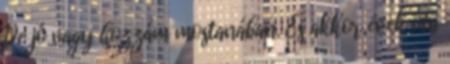
De jó vagy hozzám mostanában. És akkor évek óta